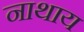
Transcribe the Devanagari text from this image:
नाथाय